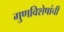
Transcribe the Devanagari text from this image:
गु्णविशेषांची